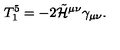
T _ { 1 } ^ { 5 } = - 2 \tilde { \cal H } ^ { \mu \nu } \gamma _ { \mu \nu } .